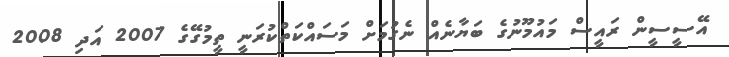
އޭސީސީން ރައީސް މައުމޫނުގެ ބަޔާނެއް ނެގުމަށް މަސައްކަތްކުރަނީ ތީމުގޭގެ 2007 އަދި 2008